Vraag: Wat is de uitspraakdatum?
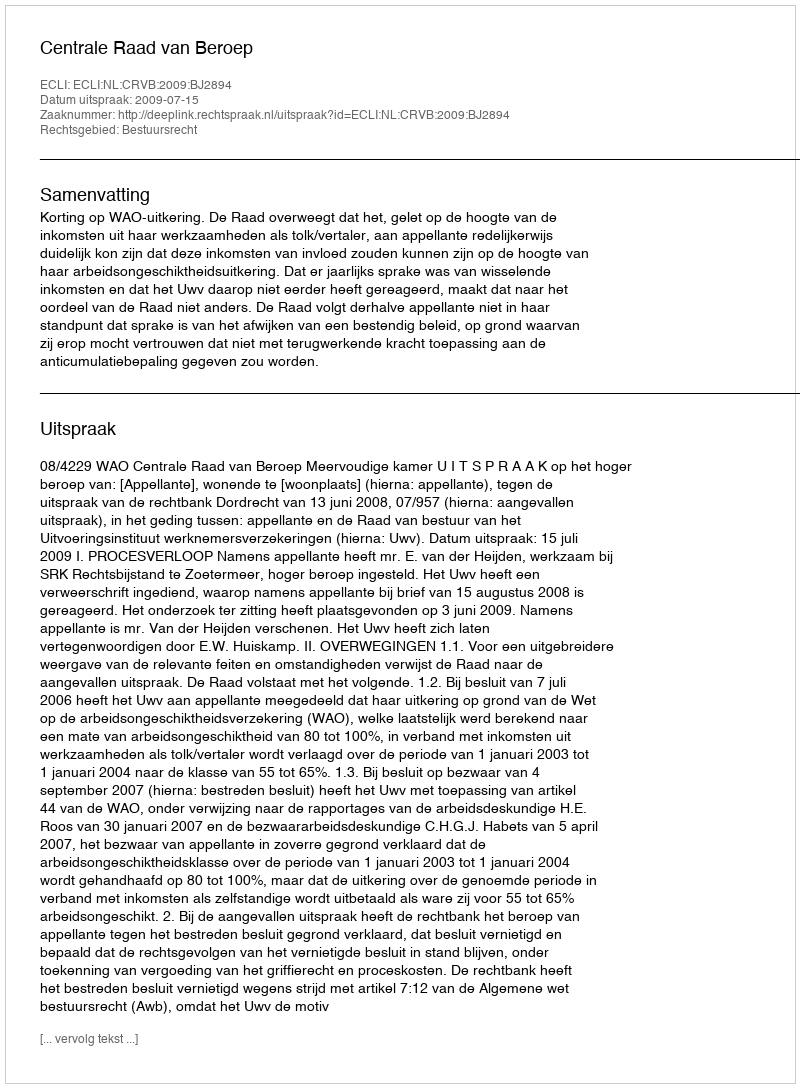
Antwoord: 2009-07-15